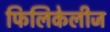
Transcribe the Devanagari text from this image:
फिलिकेलीज